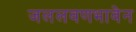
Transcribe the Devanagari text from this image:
जललवणभावेन